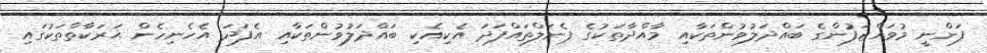
ފަންނީ މުވައްޒަފުންގެ ބައްދަލުވުންތަކާއި މާއްދާތަކުގެ ޕެނަލްތައްފަދަ އެކިއެކި ބައްދަލުވުންތަކާއި އެފަދަ އެހެނިހެން ޙަރަކާތްތަކުގައި